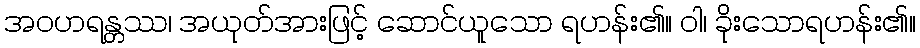
အဝဟရန္တဿ၊ အယုတ်အားဖြင့် ဆောင်ယူသော ရဟန်း၏။ ဝါ၊ ခိုးသောရဟန်း၏။